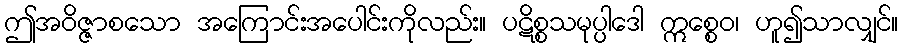
ဤအဝိဇ္ဇာစသော အကြောင်းအပေါင်းကိုလည်း။ ပဋိစ္စသမုပ္ပါဒေါ ဣစ္စေဝ၊ ဟူ၍သာလျှင်။